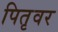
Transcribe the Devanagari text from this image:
पितृवर